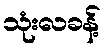
သုံးလခန့်